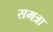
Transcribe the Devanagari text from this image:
समत्रा